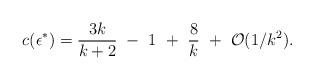
LaTeX: \begin{align*}c(\epsilon^{*})={3k\over k+2}~-~1~+~{8\over k}~+~{\cal O}(1/k^2).\end{align*}